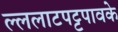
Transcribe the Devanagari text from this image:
ल्ललाटपट्टपावके